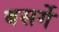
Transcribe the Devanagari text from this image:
बसर्गे